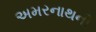
અમરનાથની